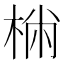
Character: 𣔐